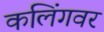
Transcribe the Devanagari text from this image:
कलिंगवर